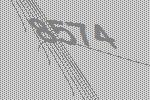
8574